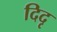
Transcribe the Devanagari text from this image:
दिदृ